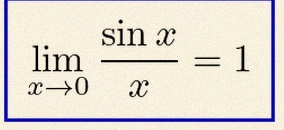
\lim_{x\to0}\frac{\sin x}{x}=1